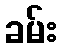
ခမ်း